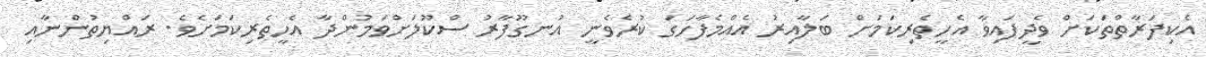
އެކިފަރާތްތަކަށް ވެދީފައިވާ އެހީތެރިކަމަށް ބަލާއިރު އެއްމެފާހަގަ ކުރެވެނީ އުނގޫފާރު ސްކޫލަށްވަމުންދާ އެހީތެރިކަމަށެވެ. ރައްޔިތުންނާއި